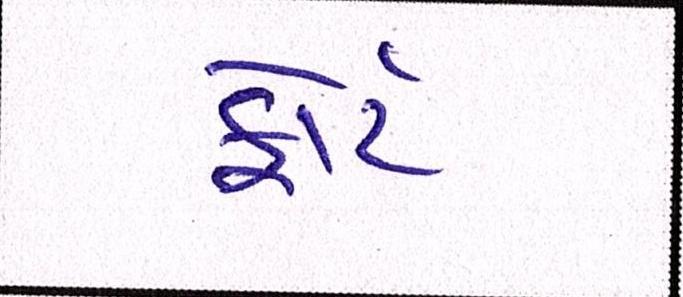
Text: ફોર્ટ